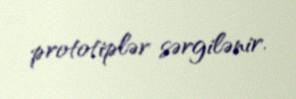
prototiplər sərgilənir.